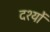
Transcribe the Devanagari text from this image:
दर्श्यों